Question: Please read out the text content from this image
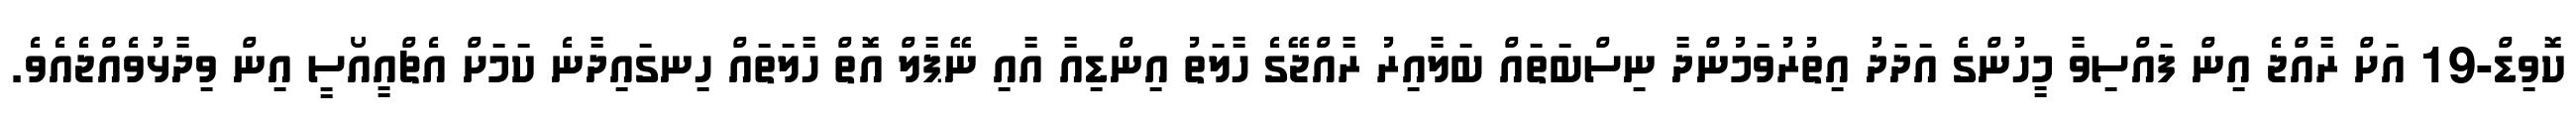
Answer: ކޮވިޑް-19 އަށް ރާއްޖެ އިން ފައްސިވާ މީހުންގެ އަދަދު އިތުރުވަމުންދާ ނިސްބަތައް ބަލާއިރު ރާއްޖޭގެ ހާލަތު އިންޑިއާ އާއި ނޭޕާލް އޮތް ހާލަތައް ހިނގައިދާނެ ކަމަށް އެޗްއީއޯސީ އިން ވިދާޅުވެއްޖެއެވެ.